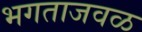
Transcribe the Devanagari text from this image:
भगताजवळ